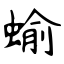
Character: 蝓